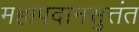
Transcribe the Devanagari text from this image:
महापदानसुत्तंत